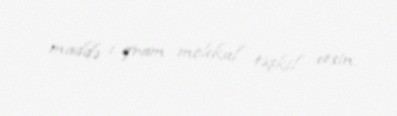
maddə 1 qram molekul təşkil etsin.